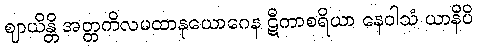
ဈာယိန္တိ အတ္တကိလမထာနုယောဂေန ဋီကာစရိယာ နေဝါသံ ယာနိပိ